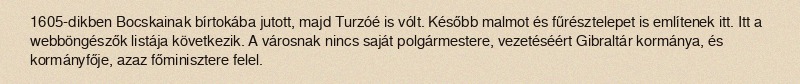
1605-dikben Bocskainak bírtokába jutott, majd Turzóé is vólt. Később malmot és fűrésztelepet is említenek itt. Itt a webböngészők listája következik. A városnak nincs saját polgármestere, vezetéséért Gibraltár kormánya, és kormányfője, azaz főminisztere felel.